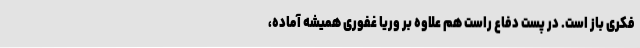
فکری باز است. در پست دفاع راست هم علاوه بر وریا غفوری همیشه آماده،